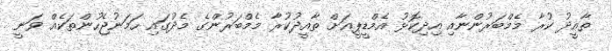
ތާއީދު ކުރާ މެމްބަރުންނާއި އިދިކޮޅު އެމްޑީޕީއަށް ތާއީދުކުރާ މެމްބަރުންގެ މެދުގައި ހަމަނުޖެހުންތަކެއް ވަނީ